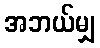
အဘယ်မျှ